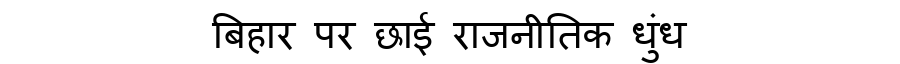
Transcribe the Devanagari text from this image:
बिहार पर छाई राजनीतिक धुंध